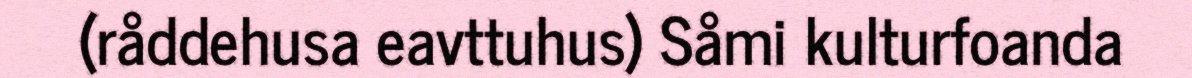
(råddehusa eavttuhus) Såmi kulturfoanda